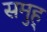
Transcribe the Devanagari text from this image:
समुह्